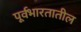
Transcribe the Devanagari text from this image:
पूर्वभारतातील